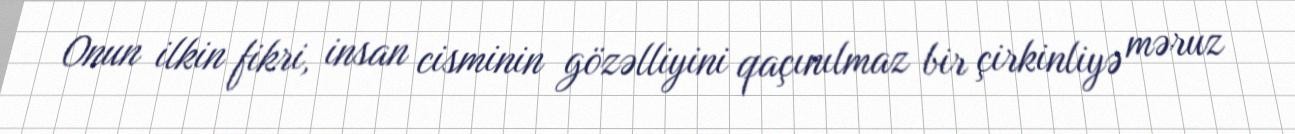
Onun ilkin fikri, insan cisminin gözəlliyini qaçınılmaz bir çirkinliyə məruz